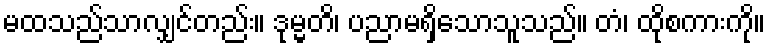
မထသည်သာလျှင်တည်း။ ဒုမ္မတိ၊ ပညာမရှိသောသူသည်။ တံ၊ ထိုစကားကို။